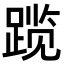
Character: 𬦾